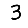
Digit: 3